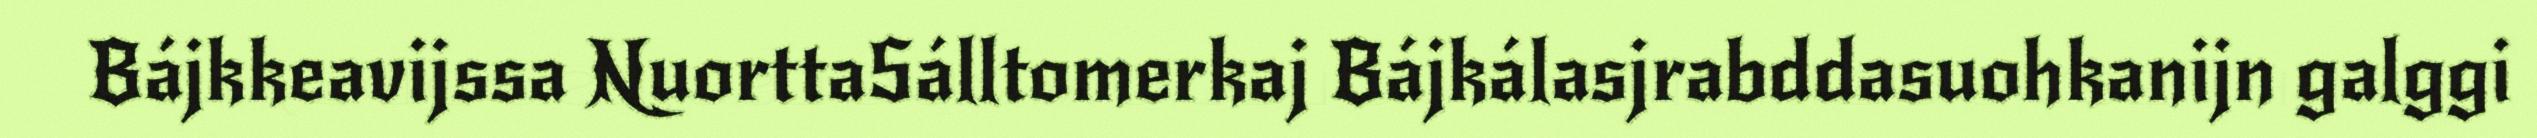
Bájkkeavijssa NuorttaSálltomerkaj Bájkálasjrabddasuohkanijn galggi